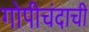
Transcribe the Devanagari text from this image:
गोपीचंदाची